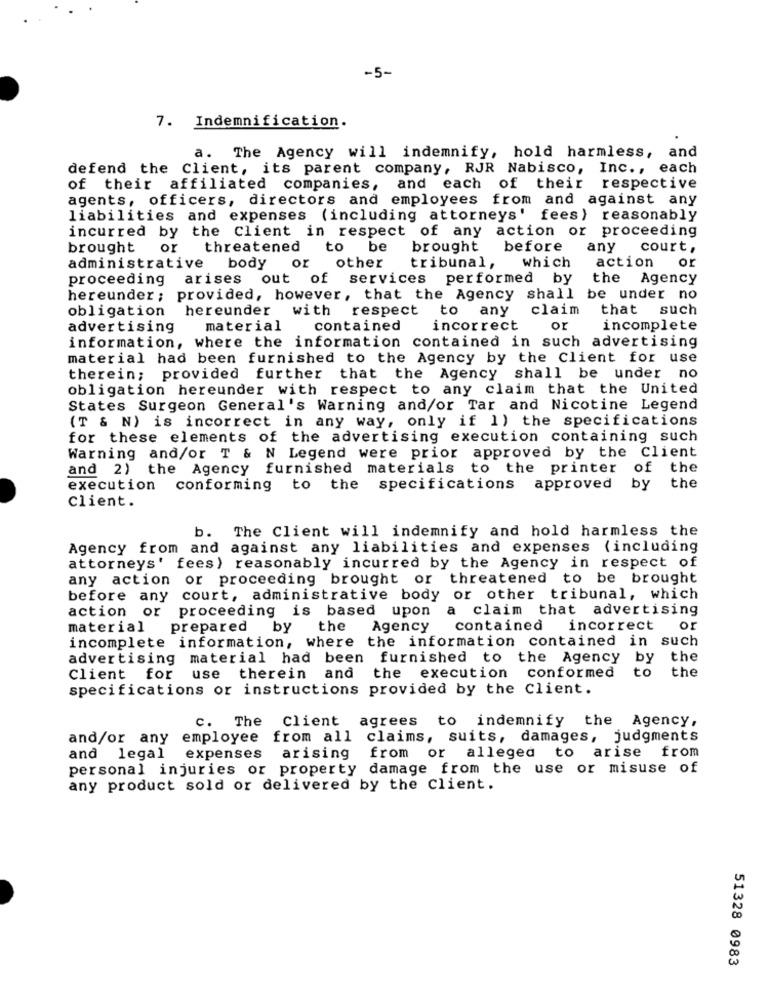
-5-
7. Indemnification.
a. The Agency will indemnify, hold harmless, and
defend the Client, its parent company, RJR Nabisco, Inc ., each
of their affiliated companies, and each of their respective
agents, officers, directors and employees from and against any
liabilities and expenses (including attorneys' fees) reasonably
incurred by the Client in respect of any action or proceeding
brought or
threatened
to
be
brought
before
any court,
tribunal,
action
or
administrative
body
or other
which
proceeding arises out of services performed by
the Agency
hereunder; provided, however, that the Agency shall be under no
obligation
hereunder with respect to any
claim
that
such
advertising
material
contained
incorrect
or
incomplete
information, where the information contained in such advertising
material had been furnished to the Agency by the Client for use
therein; provided further that the Agency shall be under no
obligation hereunder with respect to any claim that the United
States Surgeon General's Warning and/or Tar and Nicotine Legend
(T & N) is incorrect in any way, only if 1) the specifications
for these elements of the advertising execution containing such
Warning and/or T & N Legend were prior approved by the Client
and 2) the Agency furnished materials to the printer
of the
execution conforming to the specifications approved
by
the
client.
b. The Client will indemnify and hold harmless the
Agency from and against any liabilities and expenses (including
attorneys' fees) reasonably incurred by the Agency in respect of
any action or proceeding brought or threatened to be brought
before any court, administrative body or other tribunal, which
action or proceeding is based upon
a claim that advertising
material
prepared
by
the
Agency
contained incorrect
or
incomplete information, where the information contained in such
advertising material had been furnished to the Agency
by the
to
the
Client for
use therein and
the execution conformed
specifications or instructions provided by the Client.
c. The Client agrees to indemnify the Agency,
and/or any employee from all claims, suits, damages, judgments
from or alleged to arise from
and legal
expenses arising
personal injuries or property damage from the use or misuse of
any product sold or delivered by the Client.
51328 0983